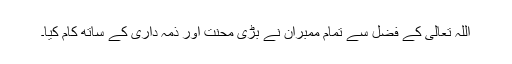
اللہ تعالیٰ کے فضل سے تمام ممبران نے بڑی محنت اور ذمہ داری کے ساتھ کام کیا۔